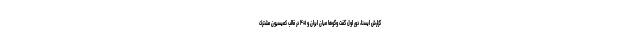
گزارش ایسنا، دور اول گفت وگوها میان ایران و ۱+۴ در قالب کمیسیون مشترک